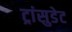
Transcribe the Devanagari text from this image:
ट्रांसुडेट